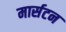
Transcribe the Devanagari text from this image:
मार्सटन